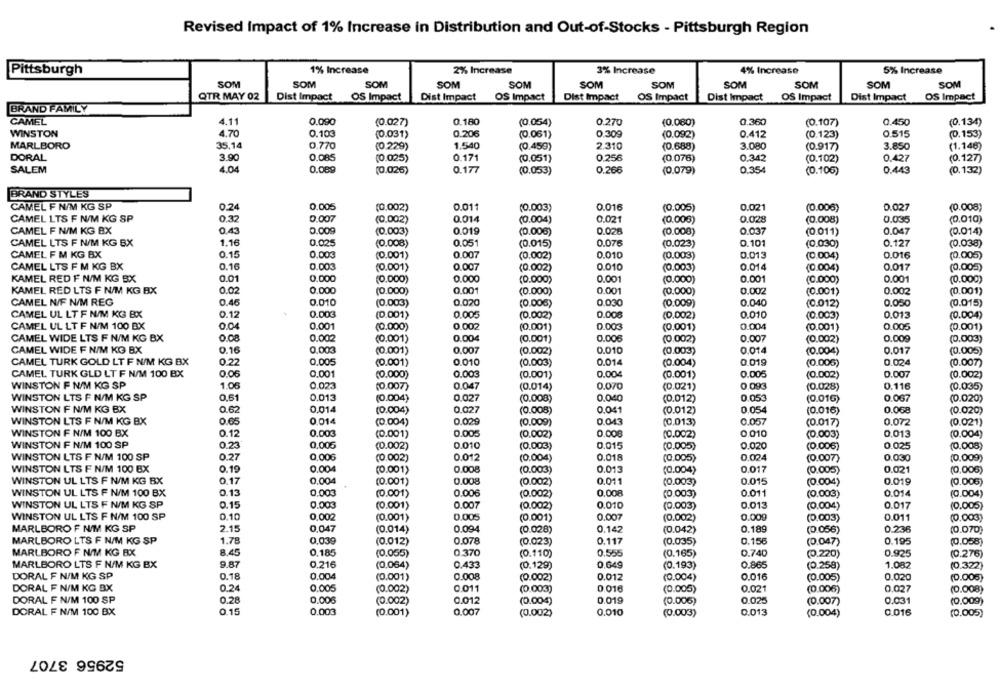
Revised Impact of 1% Increase in Distribution and Out-of-Stocks - Pittsburgh Region
1% Increase
3% Increase
5% Increase
Pittsburgh
2% Increase
4% Increase
SOM
SOM
SOM
SOM
SOM
SOM
SOM
SOM
SOM
SOM
SOM
QTR MAY 02
Dist Impact
OS Impact
Dist Impact
Dist Impact
Dist Impact
OS Impact
Dist Impact
OS Impact
OS Impact
OS Impact
BRAND FAMILY
CAMEL
4.11
0.090
(0.027)
0.180
(0.054)
0.270
(0.080)
0.360
(0.107)
0.450
(0.134)
4.70
0.206
WINSTON
0.103
(0.031)
(0.061)
0.309
(0.092)
0.412
(0.123)
0.515
(0.153)
MARLBORO
35.14
0.770
(0.229)
1.540
(0.459)
2.310
(0.688)
3.080
(0.917)
3.850
(1.148)
DORAL
3.90
0.085
(0.025)
0.171
(0.051)
0.256
(0.076)
0.342
(0.102)
0.427
(0.127)
SALEM
4.0
0.089
(0.026)
0.177
(0.053)
0.266
(0.079)
0.354
(0.106)
0.443
(0.132)
BRAND STYLES
CAMEL F N/M KG SP
0.24
0.005
(0,002)
0.011
(0.003)
0.016
(0.005)
0.021
(0.006)
0.027
(0.008)
CAMEL LTS F N/M KG SP
0.32
0.007
(0.002)
0.014
(0.004)
0.021
(0.008)
0.028
(0.008)
0.035
(0.010)
CAMEL F N/M KG BX
0.43
0.009
(0.003)
0.019
(0.006)
0.028
(0.008)
0.037
(0.011)
0.047
(0.014)
CAMEL LTS F N/M KG BX
1.16
0.025
0.051
(0.015)
0.076
(0.023)
0.101
(0.030)
0.127
(0.008)
(0.038)
CAMEL F M KG BX
0.15
0.003
(0.001)
0.007
(0.002)
0.010
(0.003)
0.013
(0.004)
0.016
(0.005)
CAMEL LTS F M KG BX
0.16
0.003
(0.001)
0.007
(0.002
0.010
(0.003)
0.014
(0.004)
0.017
(0.005)
KAMEL RED F N/M KG BX
0.01
0.000
(0.000)
0,000
(0.000)
0.001
(0.000)
0.001
(0.000)
0.001
(0.000)
KAMEL RED LTS F N/M KG BX
0.02
0.000
(0.000)
0.001
(0.000)
0.001
(0.000)
0.002
(0.001)
0.002
(0.001)
CAMEL N/F N/M REG
0.45
0.010
(0.003)
0.020
(0.006)
0.030
(0.009)
0.040
(0.012)
0.050
(0.015)
CAMEL UL LT F N/M KG BX
0.12
0.00€
(0.001)
0.005
(0.002)
0.008
(0.002]
0.010
(0.003)
0.013
(0.004)
CAMEL UL LT F N/M 100 BX
0.04
0.001
(0.000)
0.002
(0.001)
0.004
(0.001)
0.005
(0.001)
0.003
(0.001)
CAMEL WIDE LTS F N/M KG BX
0.08
0.002
(0.001)
0.004
(0.001)
0.006
(0.002)
0.007
(0.002)
0.009
(0.003)
CAMEL WIDE F N/M KG BX
0.16
0,003
(0.001)
0.007
(0.002)
0.010
(0.003)
0.014
(0.004)
0.017
(0.005)
CAMEL TURK GOLD LT F N/M KG BX
0.22
0,005
0.010
0.014
(0.001)
(0.003)
(0.004)
0.019
(0.005)
0.024
(0.007)
CAMEL TURK GLD LT F N/M 100 BX
0.06
0.001
(0.000)
0.003
(0.001)
0.004
0.005
0.007
(0.001)
(0.002)
(0.002)
WINSTON F N/M KG SP
1.05
0.023
(0.007)
0.047
(0.014)
0.070
(0.021)
0.093
(0.028)
0.116
(0.035)
WINSTON LTS F N/M KG SP
0.61
0.013
(0.004)
0.027
(0.008)
0,040
(0.012)
0.053
(0.016)
0.067
(0.020)
WINSTON F N/M KG BX
0.62
0.014
(0.004)
0.027
0.041
0.054
(0.008)
(0.012)
(0.016)
0.068
(0.020)
WINSTON LTS F N/M KG BX
0.65
0.014
(0.004)
0.029
(0.009)
0.043
(0.013)
0.057
(0.017)
0.072
(0.021)
WINSTON F N/M 100 BX
0.12
0.003
(0.001)
0.005
(0.002)
0.008
(0.002)
0 010
(0.003)
0,013
(0.004)
WINSTON F N/M 100 SP
0.23
0.010
0.006
(0.002)
(0.003)
0.015
(0.005)
0.020
(0.006)
0.025
(0.008)
WINSTON LTS F N/M 100 SP
0.27
0,00€
(0.002
0.012
(0.004)
0.018
(0.005)
0.024
(0.007)
0.030
(0.009)
WINSTON LTS F N/M 100 BX
0.19
0.004
(0.001)
0.008
(0.003)
0.013
(0.004)
0.017
(0.005)
0.021
(0.006)
WINSTON UL LTS F N/M KG BX
0.17
0.004
(0.001)
0.008
(0.002)
0.011
(0.003)
0.015
(0.004)
0.019
(0.006)
0.13
0.008
0.011
WINSTON UL LTS F N/M 100 BX
0,003
(0.001)
0.006
(0.002)
(0.003)
(0.003)
0.014
(0.004)
WINSTON UL LTS F N/M KG SP
0.15
0.003
(0.001)
0.007
(0.002)
0.010
(0.003)
0.013
(0.004)
0.017
(0.005)
WINSTON UL LTS F N/M 100 SP
0.10
0,002
(0.001)
0.005
(0.001)
0.007
(0.002)
0.009
(0.003)
0.011
(0.003)
MARLBORO F N/M KG SP
2.15
0,047
(0.014)
0.094
(0.028)
0.142
(0.042)
0.189
(0.056)
0.236
(0.070)
MARLBORO LTS F N/M KG SP
1.78
0,03g
(0.012)
0.078
0.117
(0.035)
0.156
0.195
(0.058)
(0.023)
(0.047)
MARLBORO F N/M KG BX
8.45
0,185
(0.055)
0.370
(0.110)
0.555
(0.165)
0.740
(0.220)
0.925
(0.276)
MARLBORO LTS F N/M KG BX
9.87
0.216
(0.064)
0.433
(0.129)
0.649
(0.193)
0.865
(0.258)
1.082
(0.322)
0.18
DORAL F N/M KG SP
0.004
(0.001)
0.008
(0.002)
0.012
(0.004)
0.016
(0.005)
0.020
(0.005)
DORAL F N/M KG BX
0.24
0.005
(0.002)
0.011
(0.003)
0.016
(0.005)
0.021
(0.006)
0.027
(0.008)
DORAL F N/M 100 SP
0.28
0.006
(0.002)
0.012
(0.004)
0.019
(0.006)
0.025
(0.007)
0.031
(0.009)
DORAL F N/M 100 BX
0.15
0.003
(0.001)
0.007
(0.002)
0.010
(0.003)
0.013
(0.004)
0.016
(0,005)
52956 3707